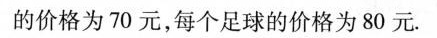
的价格为70元，每个足球的价格为80元。